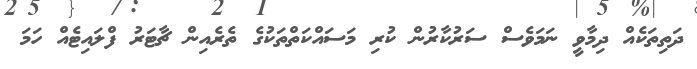
ދަތިތަކެއް ދިމާވީ ނަމަވެސް ސަރުކާރުން ކުރި މަސައްކަތްތަކުގެ ތެރެއިން ޗާޓަރު ފްލައިޓެއް ހަމަ